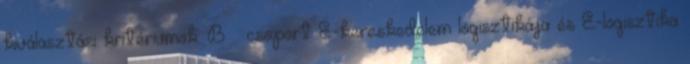
kiválasztási kritériumok. B – csoport E-kereskedelem logisztikája és E-logisztika